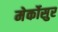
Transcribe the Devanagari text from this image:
मेर्कोसुर